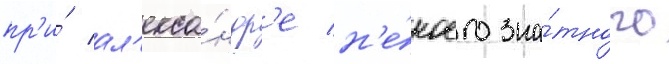
пр'и́ ал'екса́ндр'е н'е́коего зна́тного